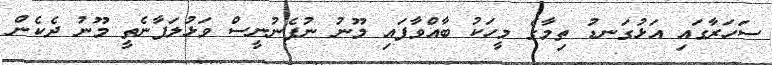
ސަހަރާގައި އަޅުގަނޑު ތިމާގެ މީހަކު ބާއްވާފައި މޫނު ނުފެނުނީސް ވަޅުލަފާނެތީ މޫނު ދެކެން